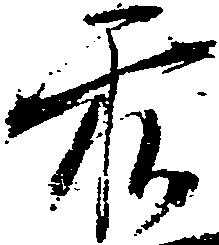
前